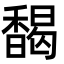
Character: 馤